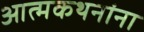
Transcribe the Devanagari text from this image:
आत्मकथनांना